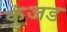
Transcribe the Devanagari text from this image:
कुंजड